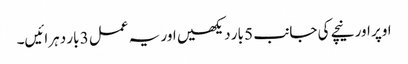
اوپر اور نیچے کی جانب 5 بار دیکھیں اور یہ عمل 3 بار دہرائیں۔